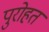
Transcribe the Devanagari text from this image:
पुरोहत